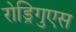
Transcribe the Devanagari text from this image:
रोड्रिगुएस